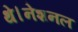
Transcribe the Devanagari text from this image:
थे।नेशनल